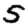
Digit: 5